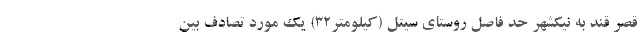
قصر قند به نیکشهر حد فاصل روستای سیتل (کیلومتر۳۲) یک مورد تصادف بین